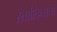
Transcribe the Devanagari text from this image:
स्तालिनाचा